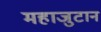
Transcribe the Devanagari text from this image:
महाजुटान